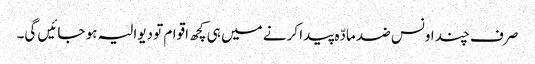
صرف چند اونس ضد مادّہ پیدا کرنے میں ہی کچھ اقوام تو دیوالیہ ہو جائیں گی۔